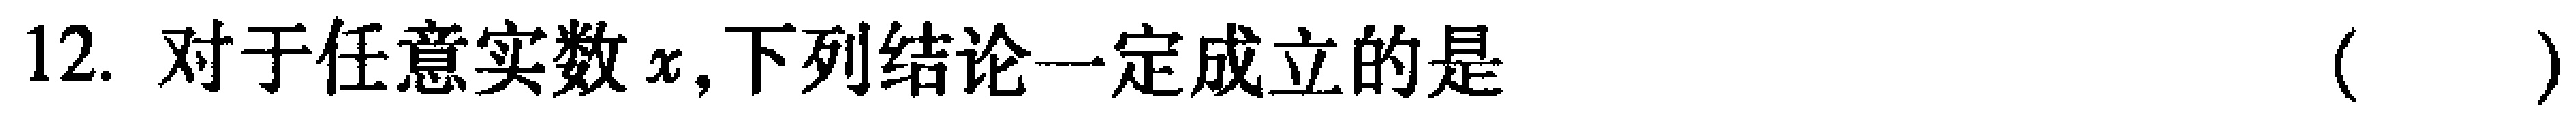
12. 对于任意实数\(x\)，下列结论一定成立的是 （  ）